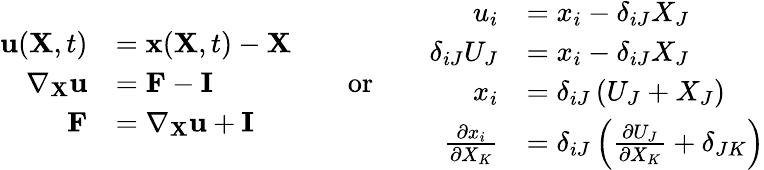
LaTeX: {\begin{array}{rl}{\mathbf{u}(\mathbf{X},t)}&{=\mathbf{x}(\mathbf{X},t)-\mathbf{X}}\\ {\nabla_{\mathbf{X}}\mathbf{u}}&{=\mathbf{F}-\mathbf{I}}\\ {\mathbf{F}}&{=\nabla_{\mathbf{X}}\mathbf{u}+\mathbf{I}}\end{array}}\qquad{\mathrm{or}}\qquad{\begin{array}{rl}{u_{i}}&{=x_{i}-\delta_{iJ}X_{J}}\\ {\delta_{iJ}U_{J}}&{=x_{i}-\delta_{iJ}X_{J}}\\ {x_{i}}&{=\delta_{iJ}\left(U_{J}+X_{J}\right)}\\ {{\frac{\partial x_{i}}{\partial X_{K}}}}&{=\delta_{iJ}\left({\frac{\partial U_{J}}{\partial X_{K}}}+\delta_{JK}\right)}\end{array}}